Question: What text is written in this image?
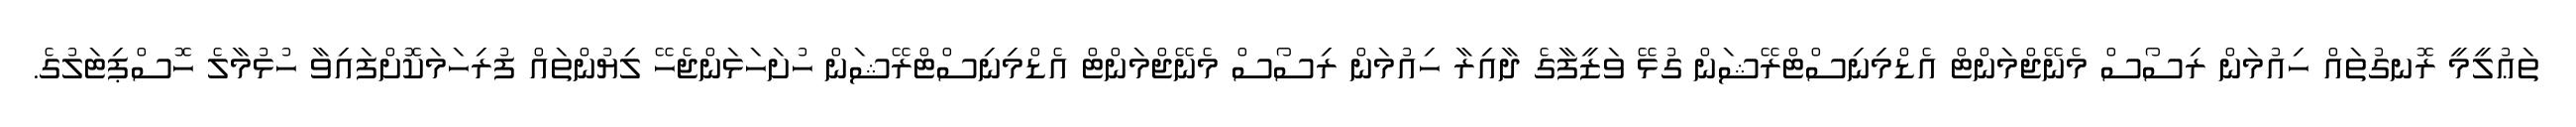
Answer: ތަޢުލީމީ ރޮނގުތައް ހިއުމަން ރިސޯސް މެނޭޖްމަންޓް އެޑްމިނިސްޓްރޭޝަން ގުޅޭ ވަޒީފާގެ ދާއިރާ ހިއުމަން ރިސޯސް މެނޭޖްމަންޓް އެޑްމިނިސްޓްރޭޝަން ހުށަހަޅަންޖެހޭ ލިޔުންތައް ފުރިހަމަކޮށްފައިވާ ހުޅުމާލެ ހޮސްޕިޓަލުގެ.